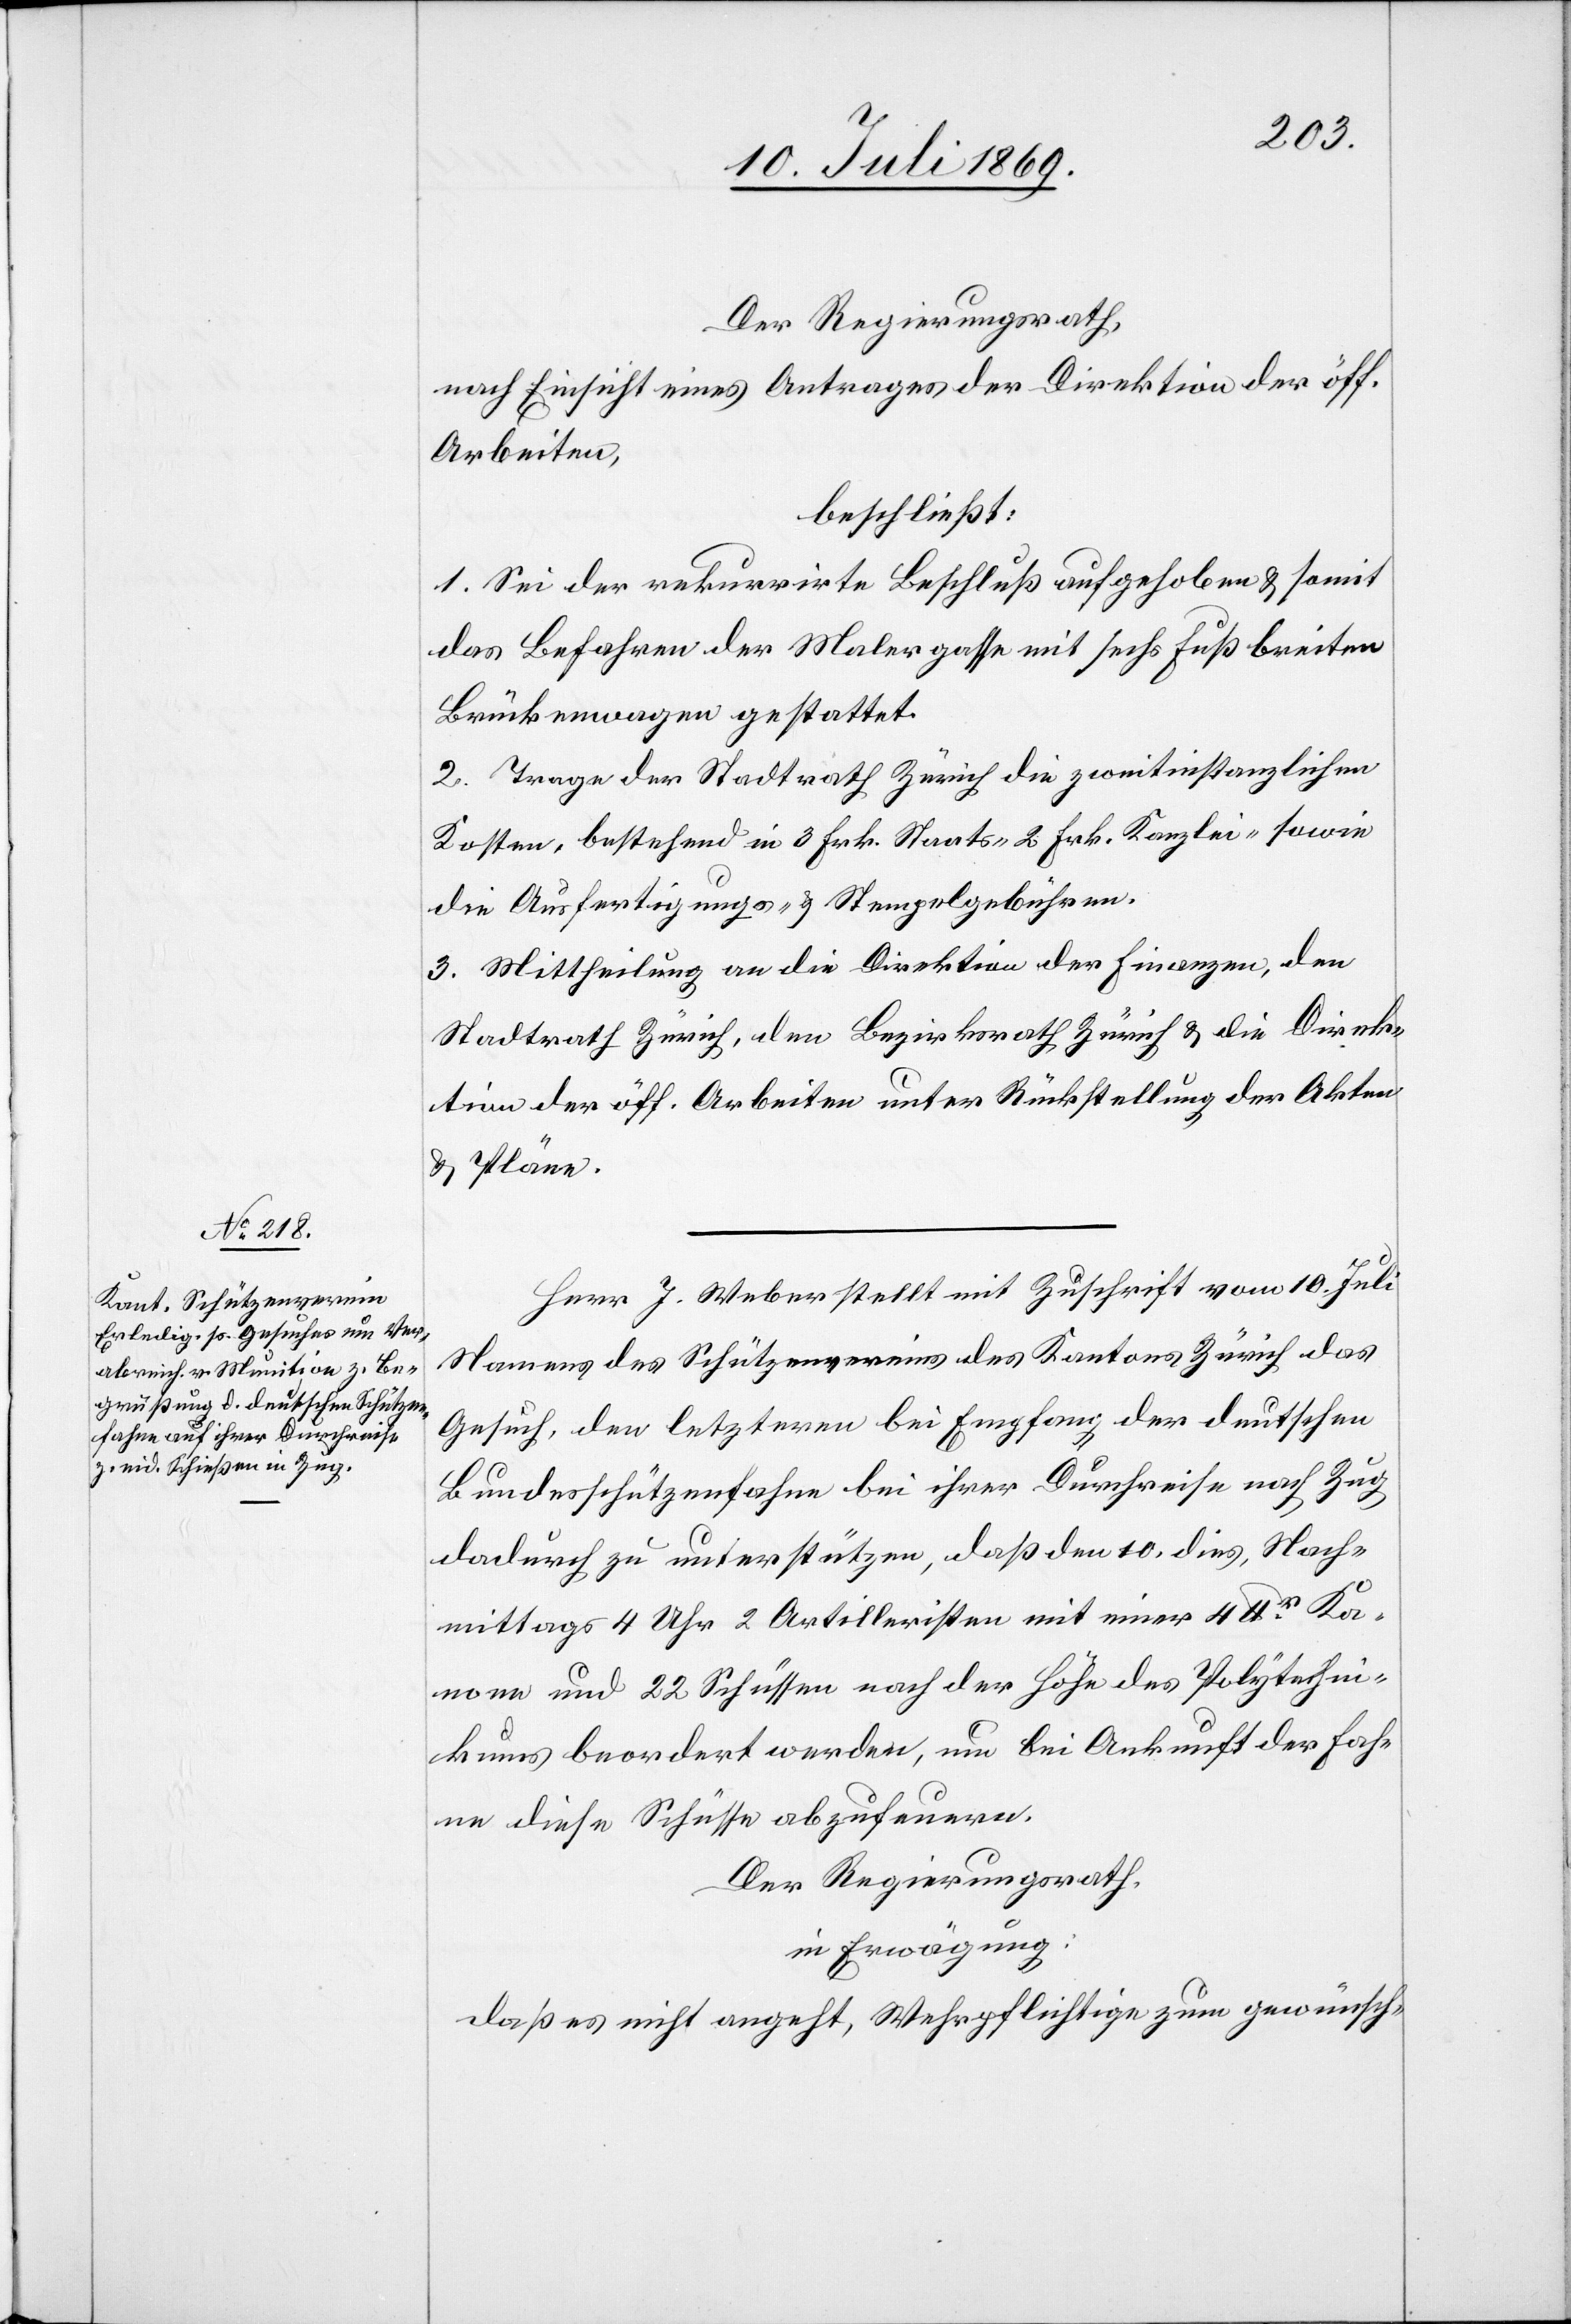
Der Regierungsrath,
nach Einsicht eines Antrages der Direktion der öff.
Arbeiten,
beschließt:
1. Sei der rekurrirte Beschluß aufgehoben u. somit
das Befahren der Malergasse mit sechs Fuß breiten
Brückenwaagen gestattet.
2. Trage der Stadtrath Zürich die zweitinstanzlichen
Kosten, bestehend in 3 Frk. Staats- Kanzlei- sowie
die Ausfertigungs- u. Stempelgebühren.
3. Mittheilung an die Direktion der Finanzen, den
Stadtrath Zürich, den Bezirksrath Zürich u. die Direk¬
tion der öff. Arbeiten unter Rückstellung der Akten
u. Pläne.
Herr J. Weber stellt mit Zuschrift vom 10 Juli
Namens des Schützenvereines des Kanton Zürich das
Gesuch, den letzteren bei Empfang der deutschen
Bundesschützenfahne bei ihrer Durchreise nach Zug
dadurch zu unterstützen, daß den 10 dies, Nach¬
mittags 4 Uhr 2 Artilleristen mit einer 4 lbr.
Kanone und 22 Schüssen nach der Höhe des Polytechni¬
kums beordert werden, um bei Ankunft der Fah¬
ne diese Schüsse abzufeuern.
Der Regierungsrath,
in Erwägung:
daß es nicht angeht, Wehrpflichtige zum gewünsch-